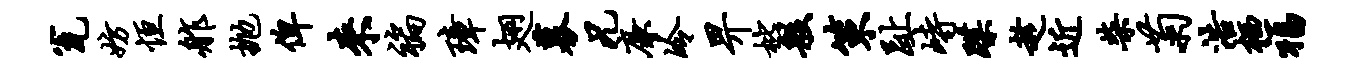
瓮妨恒舴抛俾来褊璋翅募兄廉冷畀枇般策趾峙蹀趁近柴菊浩栖福